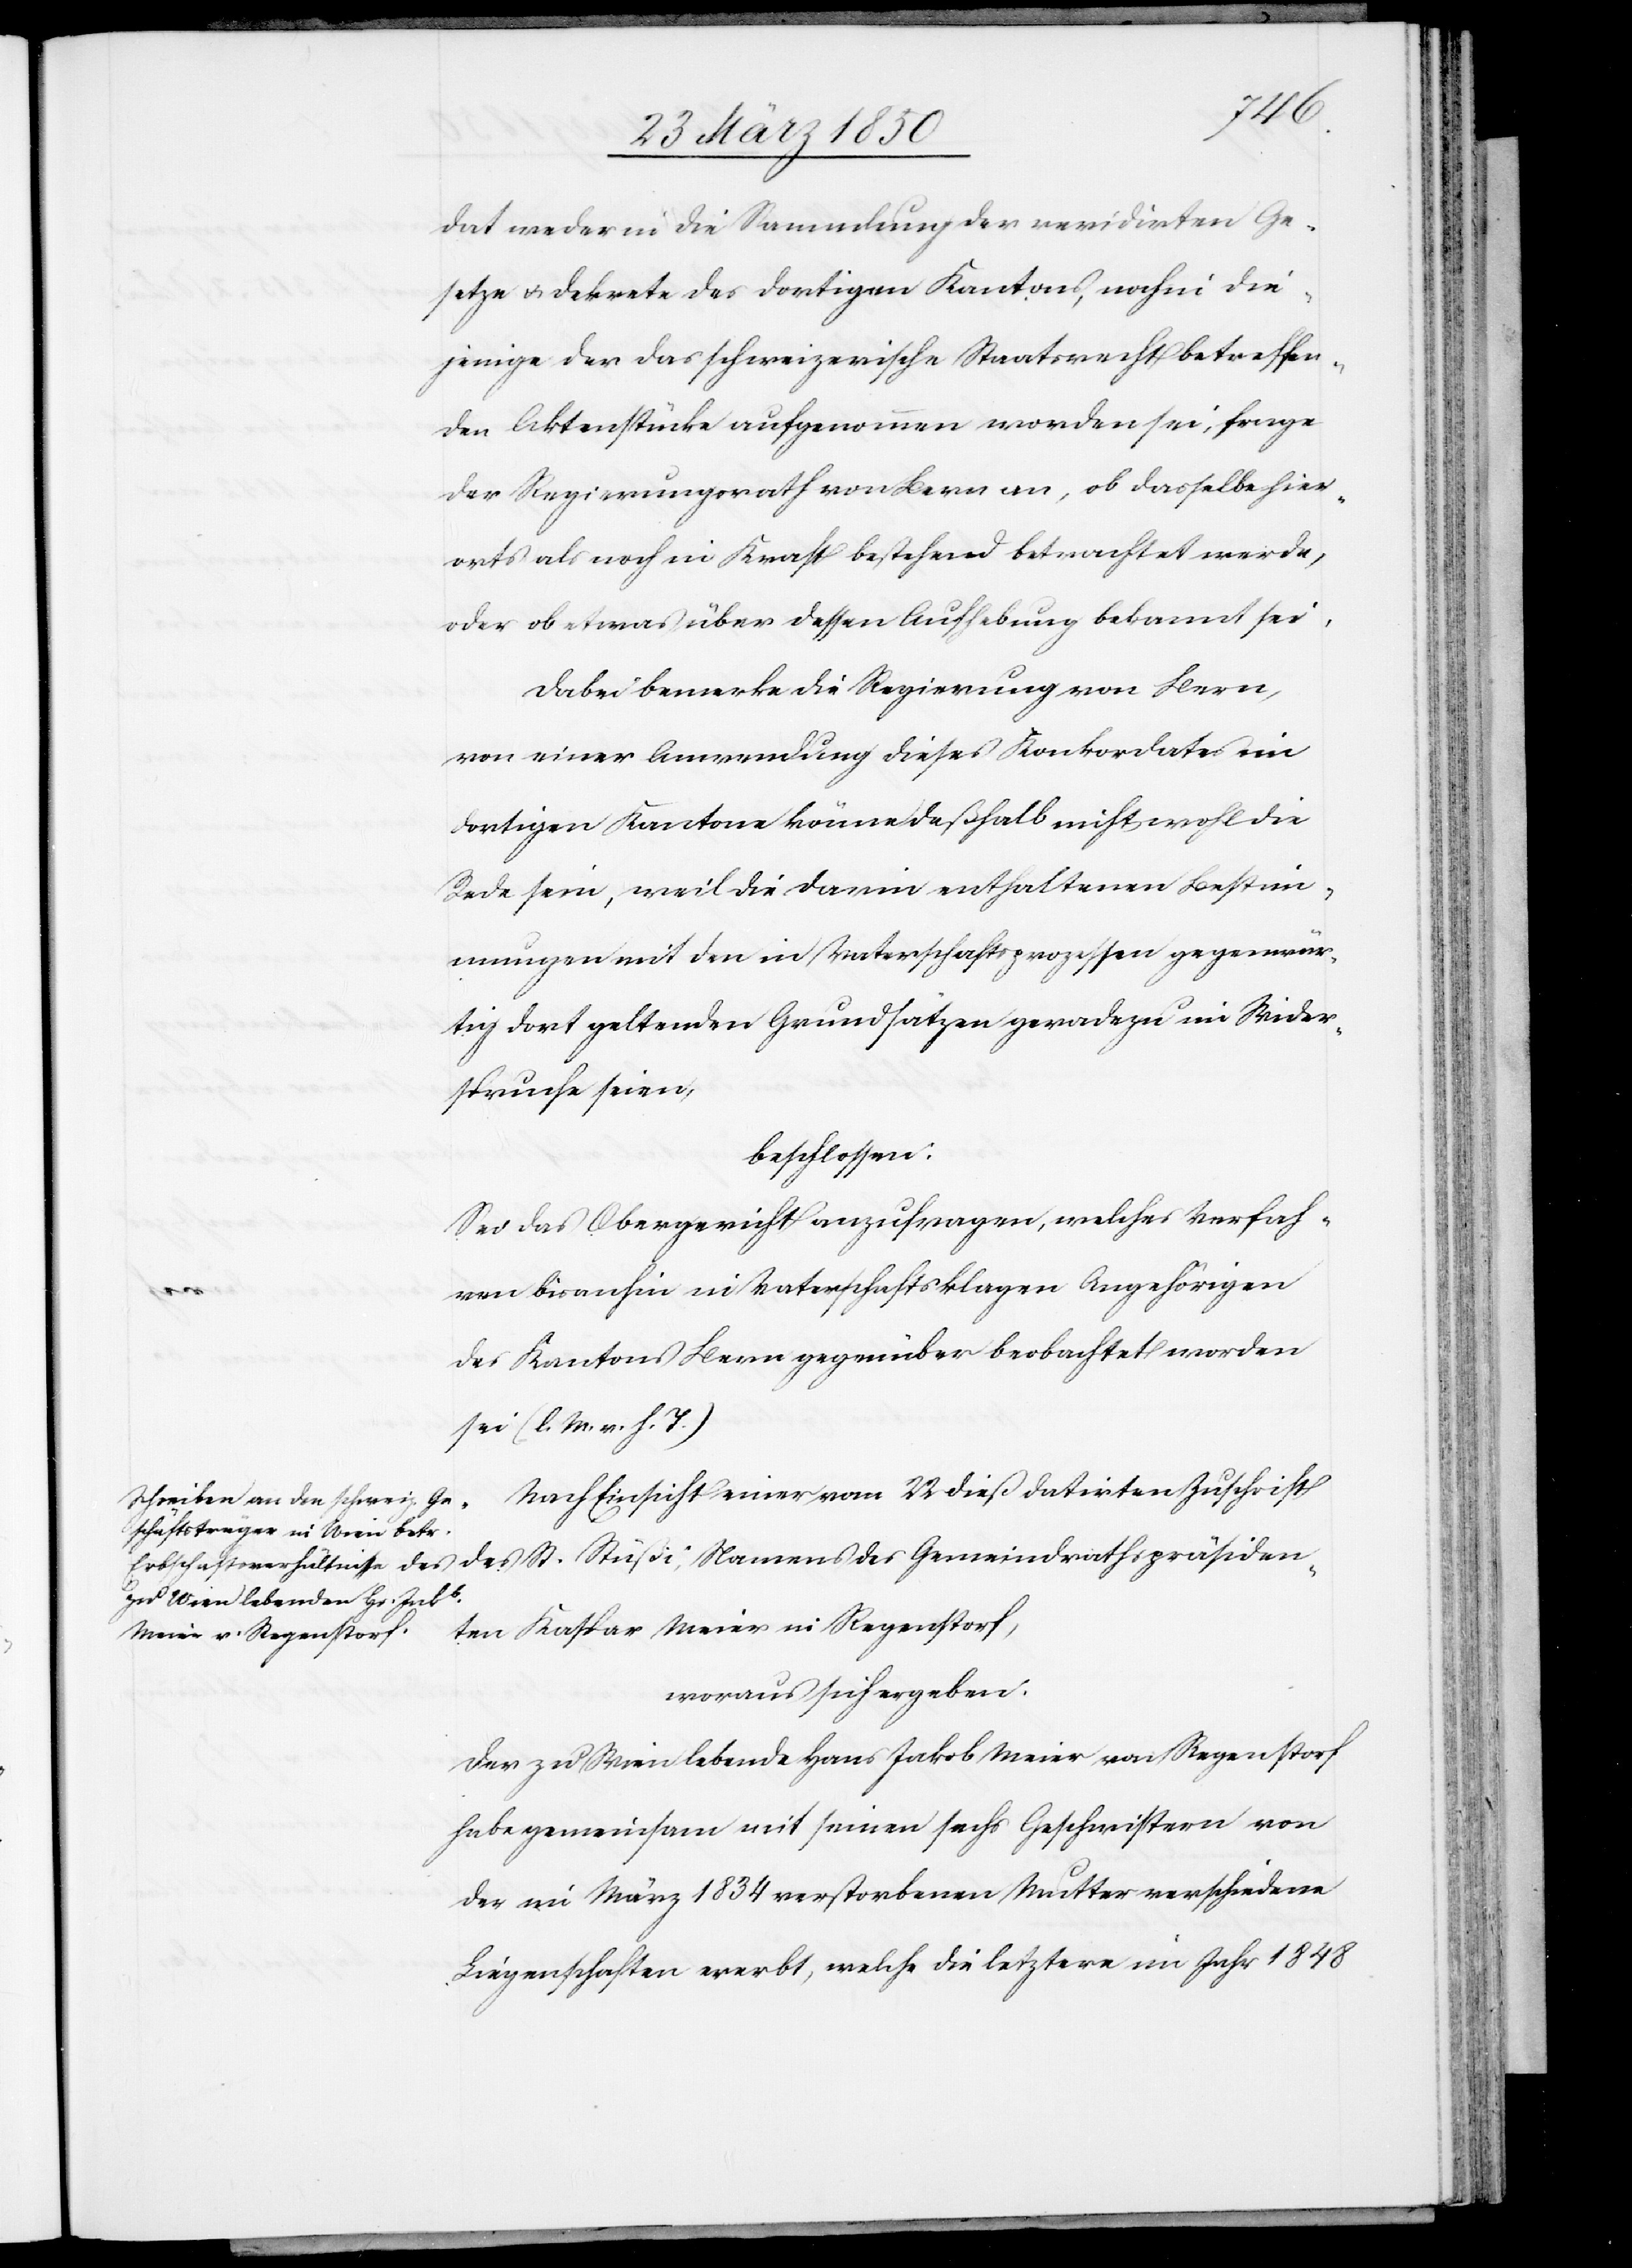
äsiden¬
Nach Einsicht einer vom 22 dieß datirten Zuschrift
ten Kaspar Meier in Regenstorf,
woraus sich ergeben:
Der zu Wien lebende Hans Jakob Meier von Regenstorf
habe gemeinsam mit seinen sechs Geschwistern von
der im März 1834 verstorbenen Mutter verschiedene
Liegenschaften ererbt, welche die letztere im Jahr 1848